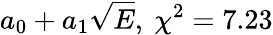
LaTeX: a_{0}+a_{1}\sqrt{E},\ \chi^{2}=7.23